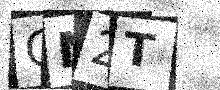
Text: ON2T